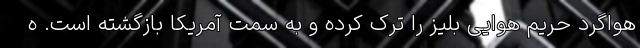
هواگرد حریم هوایی بلیز را ترک کرده و به سمت آمریکا بازگشته است. ه